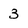
Character: 3